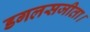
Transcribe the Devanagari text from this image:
डगलसजीता।